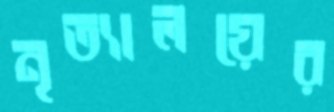
নৃত্যালয়ের